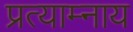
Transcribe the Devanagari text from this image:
प्रत्याम्नाय